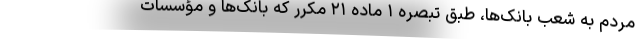
مردم به شعب بانک‌ها، طبق تبصره ۱ ماده ۲۱ مکرر که بانک‌ها و مؤسسات